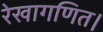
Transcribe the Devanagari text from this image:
रेखागणित।